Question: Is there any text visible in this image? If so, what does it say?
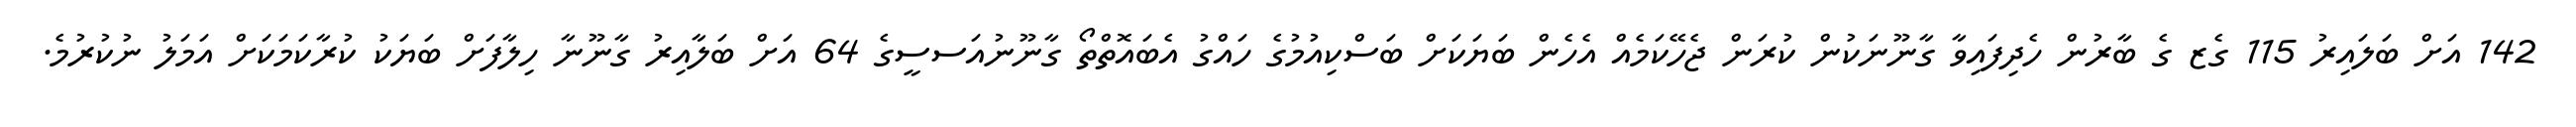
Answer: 142 އަށް ބަލައިރު 115 ގެޒ ގެ ބާރުން ހެދިފައިވާ ގާނޫނަކުން ކުރަން ޖެހޭކަމެއް އެހެން ބަޔަކަށް ބަސްކިއުމުގެ ހައްގު އެބައޮތްތޯ ގާނޫނުއަސސީގެ 64 އަށް ބަލާއިރު ގާނޫނާ ހިލާފަށް ބަޔަކު ކުރާކަމަކަށް އަމަލު ނުކުރުމެ.